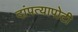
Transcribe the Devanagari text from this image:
दांपत्यापोटी